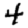
Digit: 4